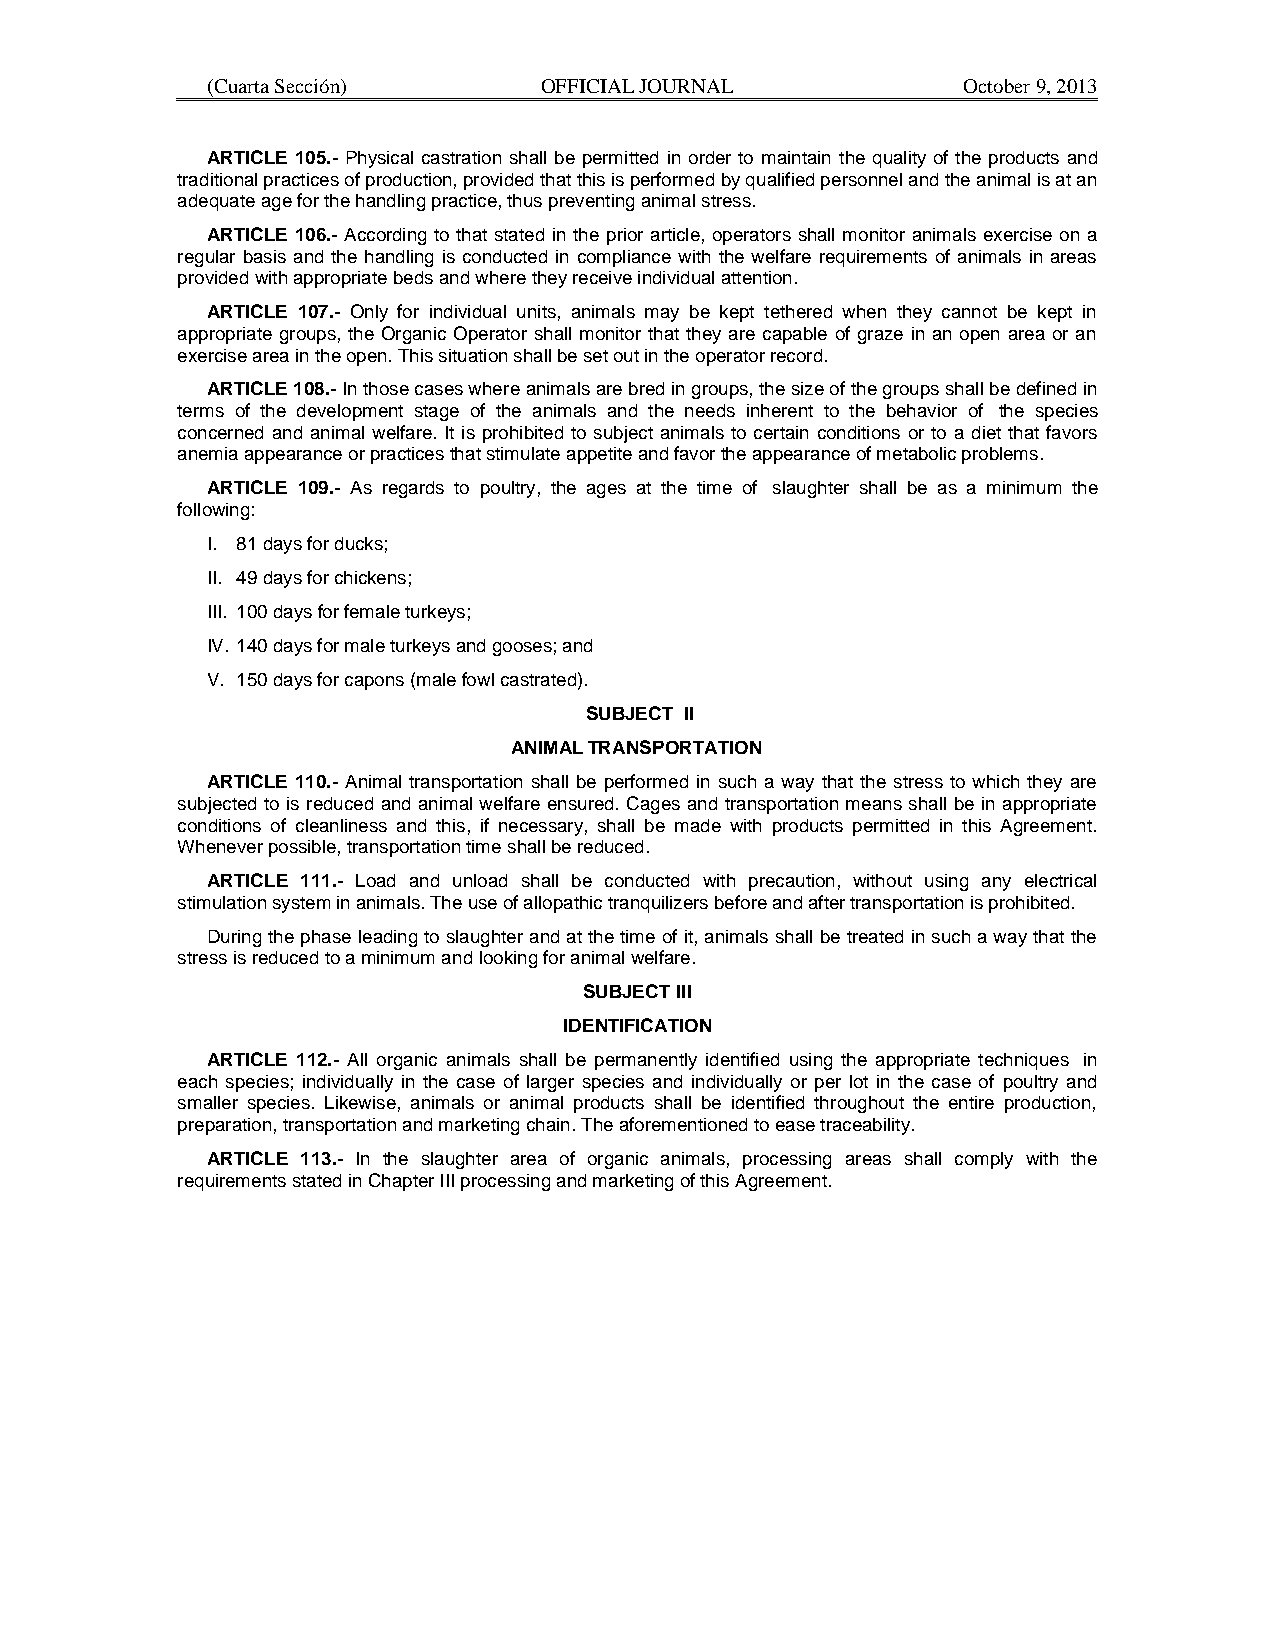
(Cuarta Sección)      OFFICIAL JOURNAL            October 9, 2013
 ARTICLE 105.- Physical castration shall be permitted in order to maintain the quality of the products and
 traditional practices of production, provided that this is performed by qualified personnel and the animal is at an
 adequate age for the handling practice, thus preventing animal stress.
 ARTICLE 106.- According to that stated in the prior article, operators shall monitor animals exercise on a
 regular basis and the handling is conducted in compliance with the welfare requirements of animals in areas
 provided with appropriate beds and where they receive individual attention.
 ARTICLE 107.- Only for individual units, animals may be kept tethered when they cannot be kept in
 appropriate groups, the Organic Operator shall monitor that they are capable of graze in an open area or an
 exercise area in the open. This situation shall be set out in the operator record.
 ARTICLE 108.- In those cases where animals are bred in groups, the size of the groups shall be defined in
 terms of the development stage of the animals and the needs inherent to the behavior of the species
 concerned and animal welfare. It is prohibited to subject animals to certain conditions or to a diet that favors
 anemia appearance or practices that stimulate appetite and favor the appearance of metabolic problems.
 ARTICLE 109.- As regards to poultry, the ages at the time of slaughter shall be as a minimum the
 following:
 I. 81 days for ducks;
 II. 49 days for chickens;
 III. 100 days for female turkeys;
 IV. 140 days for male turkeys and gooses; and
 V. 150 days for capons (male fowl castrated).
 SUBJECT II
 ANIMAL TRANSPORTATION
 ARTICLE 110.- Animal transportation shall be performed in such a way that the stress to which they are
 subjected to is reduced and animal welfare ensured. Cages and transportation means shall be in appropriate
 conditions of cleanliness and this, if necessary, shall be made with products permitted in this Agreement.
 Whenever possible, transportation time shall be reduced.
 ARTICLE 111.- Load and unload shall be conducted with precaution, without using any electrical
 stimulation system in animals. The use of allopathic tranquilizers before and after transportation is prohibited.
 During the phase leading to slaughter and at the time of it, animals shall be treated in such a way that the
 stress is reduced to a minimum and looking for animal welfare.
 SUBJECT III
 IDENTIFICATION
 ARTICLE 112.- All organic animals shall be permanently identified using the appropriate techniques in
 each species; individually in the case of larger species and individually or per lot in the case of poultry and
 smaller species. Likewise, animals or animal products shall be identified throughout the entire production,
 preparation, transportation and marketing chain. The aforementioned to ease traceability.
 ARTICLE 113.- In the slaughter area of organic animals, processing areas shall comply with the
 requirements stated in Chapter III processing and marketing of this Agreement.